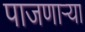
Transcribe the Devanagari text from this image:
पाजणाऱ्या